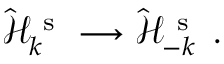
\hat { \mathcal { H } } _ { k } ^ { \mathrm { ~ s ~ } } \longrightarrow \hat { \mathcal { H } } _ { - k } ^ { \mathrm { ~ s ~ } } \mathrm { ~ . ~ }